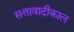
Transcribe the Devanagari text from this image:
सत्तावादीकाल